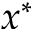
x ^ { * }